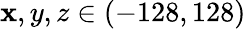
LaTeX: \mathbf{x},y,z\in(-128,128)